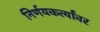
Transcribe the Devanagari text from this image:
निर्णयकर्त्यांवर